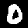
Digit: 0